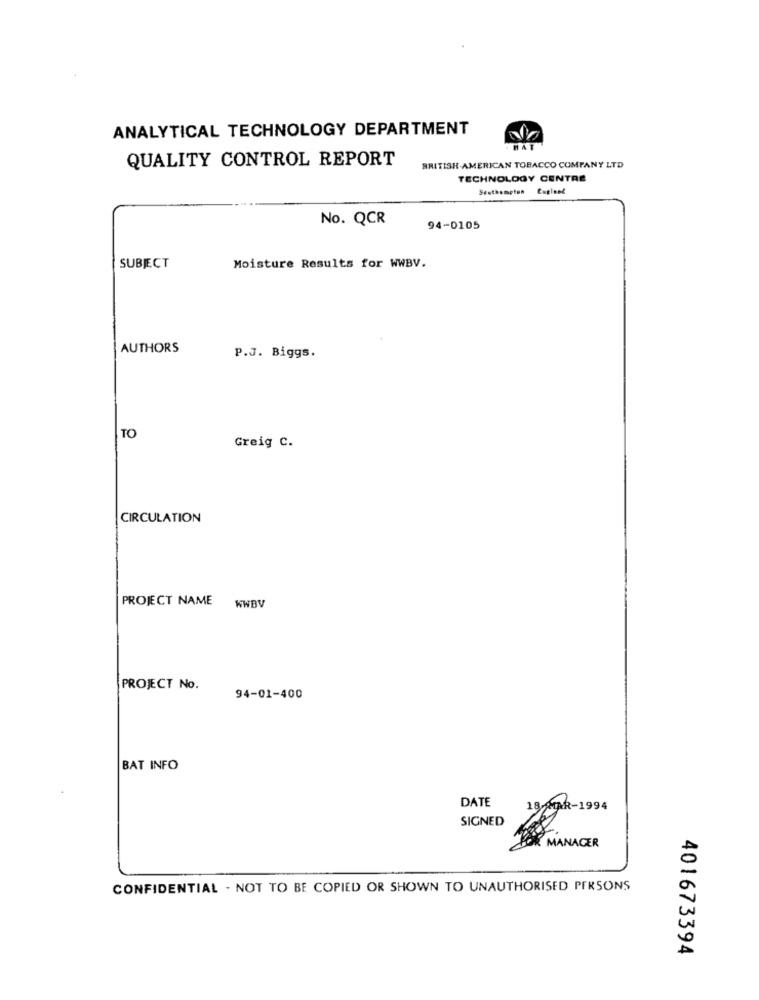
ANALYTICAL TECHNOLOGY DEPARTMENT
QUALITY CONTROL REPORT
BRITISH AMERICAN TOBACCO COMPANY LTD
TECHNOLOGY CENTRE
Seethemetun Copland
No. QCR
94-0105
SUBJECT
Moisture Results for WWBV.
AUTHORS
P.J. Biggs.
TO
Greig C.
CIRCULATION
PROJECT NAME WWBV
PROJECT No.
94-01-400
BAT INFO
DATE
18 MAR-1994
SIGNED
MANAGER
CONFIDENTIAL - NOT TO BE COPIED OR SHOWN TO UNAUTHORISED PERSONS
401673394